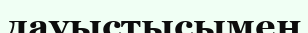
дауыстысымен